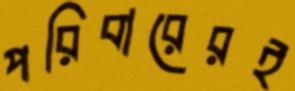
পরিবারেরই